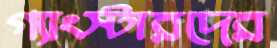
গ্যাংস্টারদের